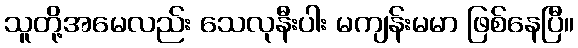
သူတို့အမေလည်း သေလုနီးပါး မကျန်းမမာ ဖြစ်နေပြီ။